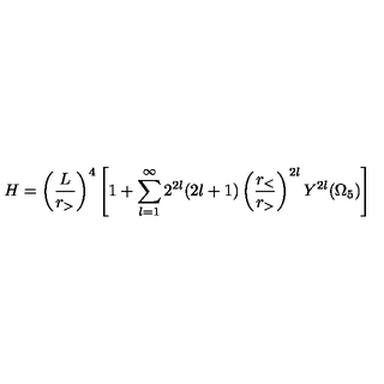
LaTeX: H = \left( \frac { L } { r _ { > } } \right) ^ { 4 } \left[ 1 + \sum _ { l = 1 } ^ { \infty } 2 ^ { 2 l } ( 2 l + 1 ) \left( \frac { r _ { < } } { r _ { > } } \right) ^ { 2 l } Y ^ { 2 l } ( \Omega _ { 5 } ) \right]